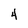
Character: 4